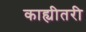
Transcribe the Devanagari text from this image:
काह्यीतरी